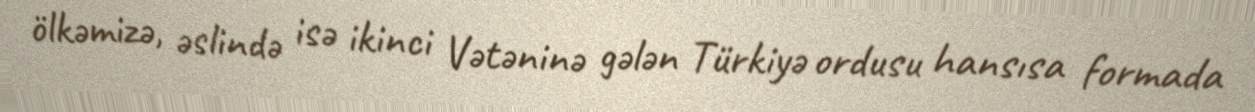
ölkəmizə, əslində isə ikinci Vətəninə gələn Türkiyə ordusu hansısa formada